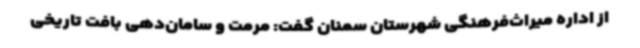
از اداره میراث‌فرهنگی شهرستان سمنان گفت: مرمت و سامان‌دهی بافت تاریخی